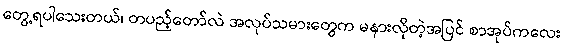
တွေ့ရပါသေးတယ်၊ တပည့်တော်လဲ အလုပ်သမားတွေက မနားလိုတဲ့အပြင် စာအုပ်ကလေး